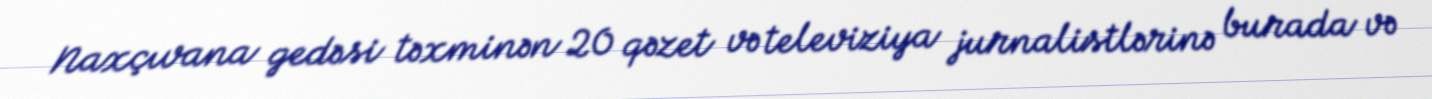
Naxçıvana gedəsi təxminən 20 qəzet və televiziya jurnalistlərinə burada və